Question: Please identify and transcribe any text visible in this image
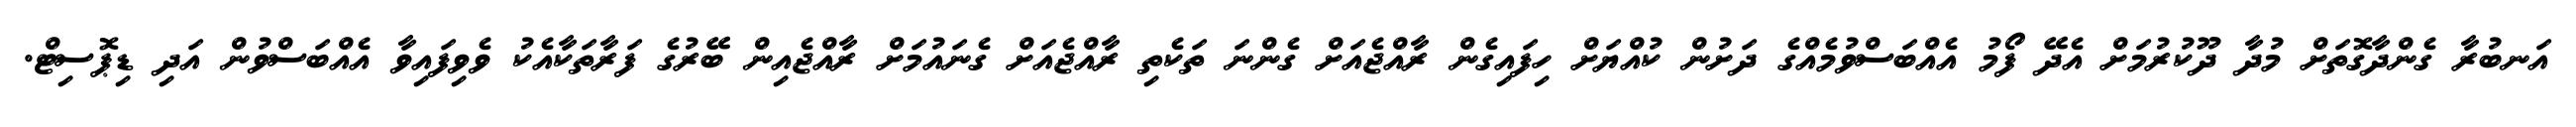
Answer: އަނބުރާ ގެންދާގޮތަށް މުދާ ދޫކުރުމަށް އެދޭ ފޯމު އެއްބަސްވުމެއްގެ ދަށުން ކުއްޔަށް ހިފައިގެން ރާއްޖެއަށް ގެންނަ ތަކެތި ރާއްޖެއަށް ގެނައުމަށް ރާއްޖެއިން ބޭރުގެ ފަރާތަކާއެކު ވެވިފައިވާ އެއްބަސްވުން އަދި ޑިޕޮސިޓް.